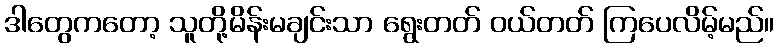
ဒါတွေကတော့ သူတို့မိန်းမချင်းသာ ရွေးတတ် ဝယ်တတ် ကြပေလိမ့်မည်။